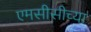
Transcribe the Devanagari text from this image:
एमसीसीच्या